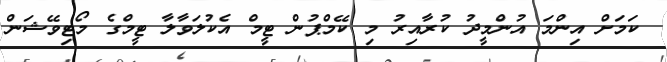
ކަމަށް އިންމަ އުންމީދު ކުރާއިރު މި ކޭމްޕުން ޓީމް އެކުލަވާލާ ޓީމްގެ މޯޓިވޭޝަން